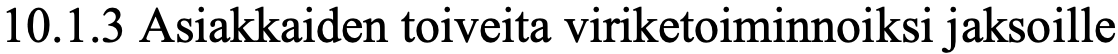
10.1.3 Asiakkaiden toiveita viriketoiminnoiksi jaksoille